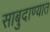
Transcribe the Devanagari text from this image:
साबुदाण्यात